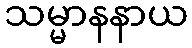
သမ္မာနနာယ